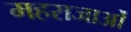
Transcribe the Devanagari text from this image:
महराजाओं